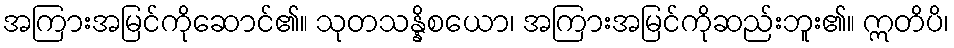
အကြားအမြင်ကိုဆောင်၏။ သုတသန္နိစယော၊ အကြားအမြင်ကိုဆည်းဘူး၏။ ဣတိပိ၊